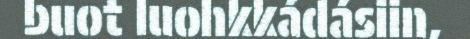
buot luohkkádásiin,